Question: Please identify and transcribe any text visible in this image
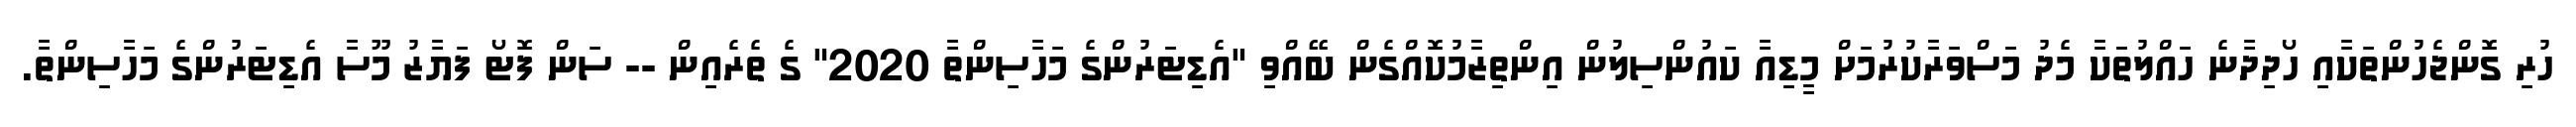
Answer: ހުރި ގޮންޖެހުންތަކާއި ހޯދިދާނެ ހައްލުތަކާ މެދު މަސްވަރާކުރުމަށް މީޑިއާ ކައުންސިލުން އިންތިޒާމުކޮއްގެން ބޭއްވި "އެޑިޓަރުންގެ މަހާސިންތާ 2020" ގެ ތެރެއިން -- ސަން ފޮޓޯ ފަޔާޒު މޫސާ އެޑިޓަރުންގެ މަހާސިންތާ.